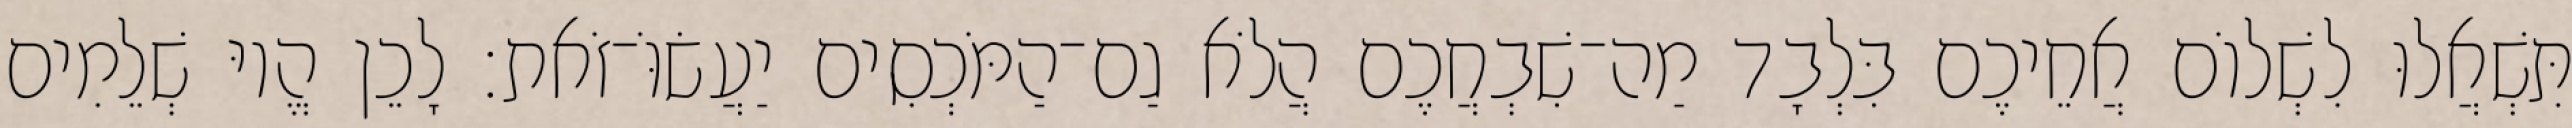
תִּשְׁאֲלוּ לִשְׁלוֹם אֲחֵיכֶם בִּלְבָד מַה־שִׁבְחֲכֶם הֲלֹא גַם־הַמֹּכְסִים יַעֲשׂוֹּ־זֹאת׃ לָכֵן הֱיוּ שְׁלֵמִים